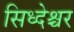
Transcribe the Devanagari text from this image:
सिध्देश्चर